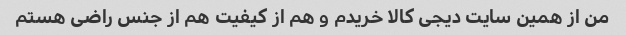
من از همین سایت دیجی کالا خریدم و هم از کیفیت هم از جنس راضی هستم